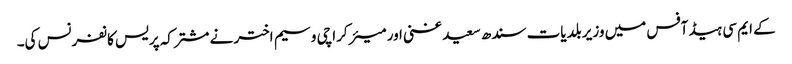
کے ایم سی ہیڈ آفس میں وزیر بلدیات سندھ سعید غنی اور میئر کراچی وسیم اختر نے مشترکہ پریس کانفرنس کی۔